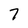
Character: 7